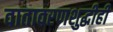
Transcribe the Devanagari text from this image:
वातावरणशुद्धीही